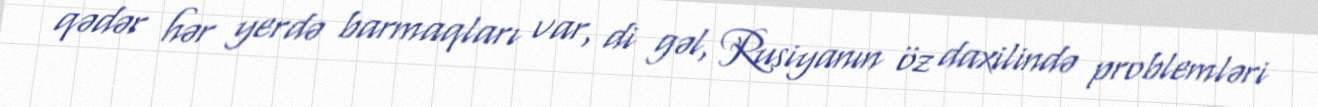
qədər hər yerdə barmaqları var, di gəl, Rusiyanın öz daxilində problemləri